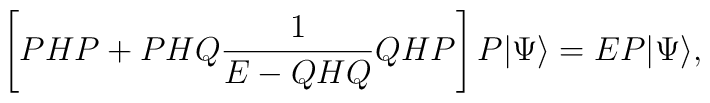
\left[ PHP + PHQ\frac{1}{E-QHQ}QHP\right] P|\Psi\rangle = E P|\Psi\rangle,